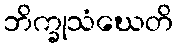
ဘိက္ခုသံဃေတိ